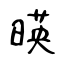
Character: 暎